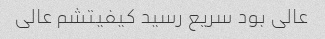
عالی بود سریع رسید کیفیتشم عالی